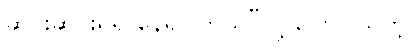
ဆင်းဆင်းရဲရဲ နေရပါတယ်”လို့ ပြောပါသတဲ့။